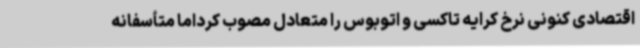
اقتصادی کنونی نرخ کرایه تاکسی و اتوبوس را متعادل مصوب کرداما متأسفانه